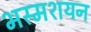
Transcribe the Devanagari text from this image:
भस्मशयन